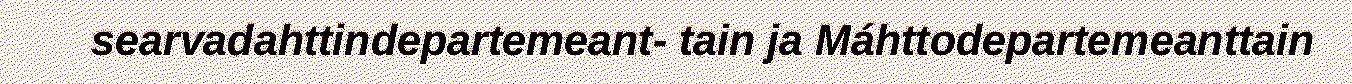
searvadahttindepartemeant- tain ja Máhttodepartemeanttain